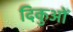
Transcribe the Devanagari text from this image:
दिकुओं